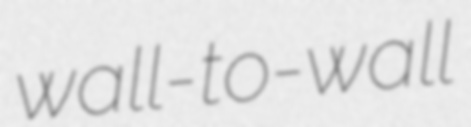
wall-to-wall